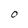
Character: O